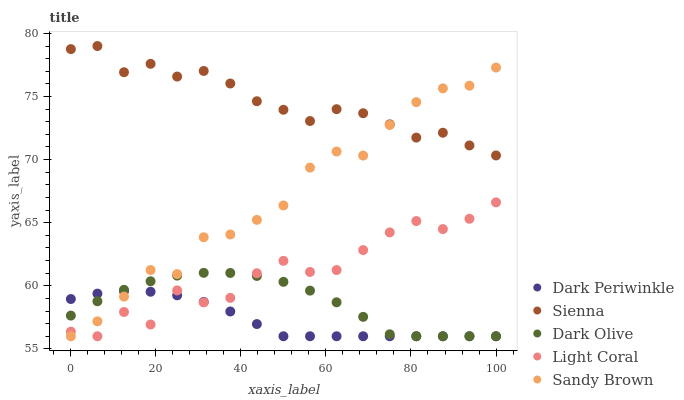
| xaxis_label | Dark Periwinkle | Sienna | Dark Olive | Light Coral | Sandy Brown |
 | --- | --- | --- | --- | --- | --- |
 | 0 | 58.9 | 78.8 | 57.6 | 56.4 | 56 |
 | 6.25 | 59.4 | 79 | 58.8 | 56 | 57.2 |
 | 12.5 | 59.6 | 76.9 | 59.7 | 57.9 | 59.1 |
 | 18.8 | 59.5 | 77.6 | 60.4 | 56.9 | 61.2 |
 | 25 | 59.2 | 76.6 | 60.8 | 59.6 | 60.9 |
 | 31.2 | 58.7 | 77 | 61 | 58.7 | 63.8 |
 | 37.5 | 58 | 76 | 61 | 59 | 64.1 |
 | 43.8 | 57 | 74.6 | 60.8 | 61 | 65.2 |
 | 50 | 56 | 73.9 | 60.3 | 62 | 66.4 |
 | 56.2 | 56 | 73.1 | 59.6 | 61.1 | 69.4 |
 | 62.5 | 56 | 74 | 58.7 | 61.2 | 70.6 |
 | 68.8 | 56 | 73.7 | 57.5 | 62.8 | 70.3 |
 | 75 | 56 | 72.8 | 56.2 | 64.2 | 72.7 |
 | 81.2 | 56 | 71.7 | 56 | 65.1 | 74.6 |
 | 87.5 | 56 | 72.1 | 56 | 64.5 | 75.6 |
 | 93.8 | 56 | 71.1 | 56 | 65.3 | 75.9 |
 | 100 | 56 | 70.3 | 56 | 66.6 | 77.3 |